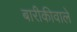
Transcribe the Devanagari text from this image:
बारीकीवाले